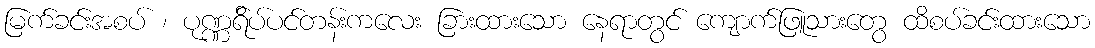
မြက်ခင်းအစပ် ၊ ပုဏ္ဏရ်ိပ်ပင်တန်းကလေး ခြားထားသော နေရာတွင် ကျောက်ဖြူသားတွေ ထိစပ်ခင်းထားသော